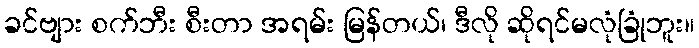
ခင်ဗျား စက်ဘီး စီးတာ အရမ်း မြန်တယ်၊ ဒီလို ဆိုရင်မလုံခြုံဘူး။